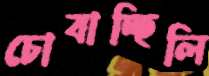
চোবাচ্ছিলি